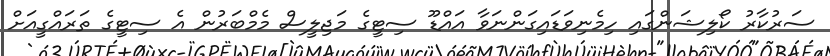
ސަރުކާރު ކޯލިޝަންގައި ހިމެނިވަޑައިގަންނަވާ އައްޑޫ ސިޓީގެ މަޖިލީސް މެމްބަރުން އެ ސިޓީގެ ތަރައްގީއަށް